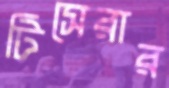
টিসেরার